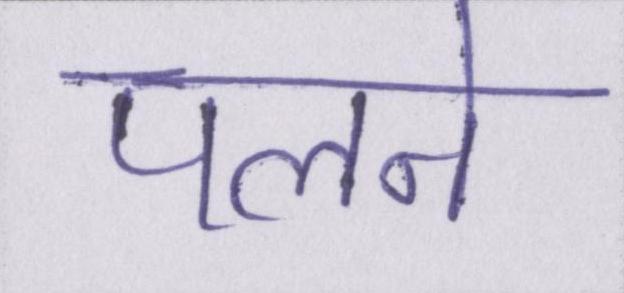
पलने